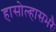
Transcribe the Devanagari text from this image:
हासोल्हासभरैः